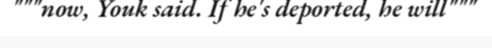
"""now, Youk said. If he's deported, he will"""